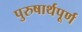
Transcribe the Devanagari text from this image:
पुरुषार्थपूर्ण